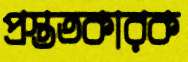
প্রস্ততকারক